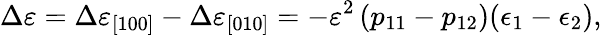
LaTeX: \Delta\varepsilon=\Delta\varepsilon_{[100]}-\Delta\varepsilon_{[010]}=-\varepsilon^{2}\left(p_{11}-p_{12}\right)(\epsilon_{1}-\epsilon_{2}),